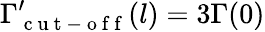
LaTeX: \Gamma_{\mathrm{~c~u~t~-~o~f~f~}}^{\prime}(l)=3\Gamma(0)